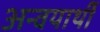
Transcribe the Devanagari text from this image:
अन्वयार्थी